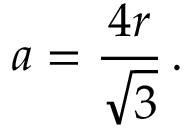
a = { \frac { 4 r } { \sqrt { 3 } } } \, .